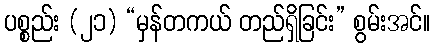
ပစ္စည်း (၂၁) “မှန်တကယ် တည်ရှိခြင်း” စွမ်းအင်။